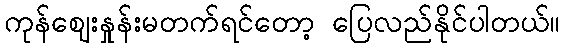
ကုန်ဈေးနှုန်းမတက်ရင်တော့ ပြေလည်နိုင်ပါတယ်။